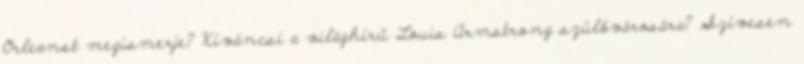
Orleanst megismerje? Kíváncsi a világhírű Louis Armstrong szülővárosára? Szívesen